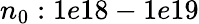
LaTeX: n_{0}:1e18-1e19